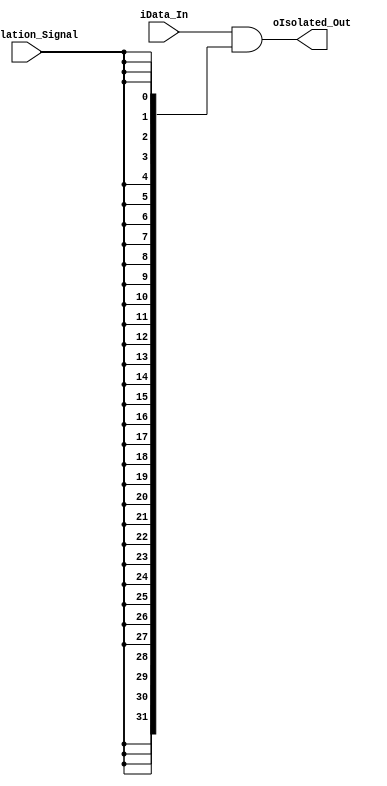
////////////////////////////////////////////////////////////////////////////////
//                                                                            //
//    Module Name :  my_isolation                                             //
//    Description :  This is the signal isolation unit.                       //
//                                                                            //
//    Author(s)   :  Yifan He                                                 //
//                   Dongrui She                                              //
//                                                                            //
////////////////////////////////////////////////////////////////////////////////

// synopsys translate_off
`timescale 1ns / 1ps
// synopsys translate_on

module my_isolation #(
  parameter ISOLATION_DATA_WIDTH = 32
) (
  iData_In,
  iIsolation_Signal,

  oIsolated_Out
);

//****************************
//  Input/Output Declaration
//****************************
  input   [(ISOLATION_DATA_WIDTH-1):0] iData_In;
  input                                iIsolation_Signal;

  output  [(ISOLATION_DATA_WIDTH-1):0] oIsolated_Out;

  // Isolate operand if target is not FPGA
  assign oIsolated_Out = ( iData_In & { ISOLATION_DATA_WIDTH{iIsolation_Signal} } );
  

endmodule